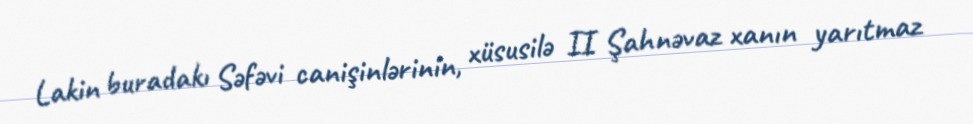
Lakin buradakı Səfəvi canişinlərinin, xüsusilə II Şahnəvaz xanın yarıtmaz